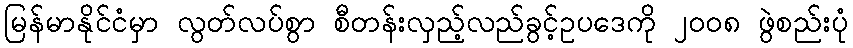
မြန်မာနိုင်ငံမှာ လွတ်လပ်စွာ စီတန်းလှည့်လည်ခွင့်ဥပဒေကို ၂၀၀၈ ဖွဲစည်းပုံ